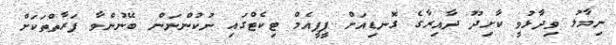
ނިމާލު ވިދާޅުވީ ކާށިދޫ ދާއިރާގެ ގޮނޑިއަށް ޕީޕީއެމް ޓިކެޓްގައި ނުކުންނަން ބޭނުންވާ ފަރާތްތަކަށް